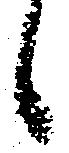
候